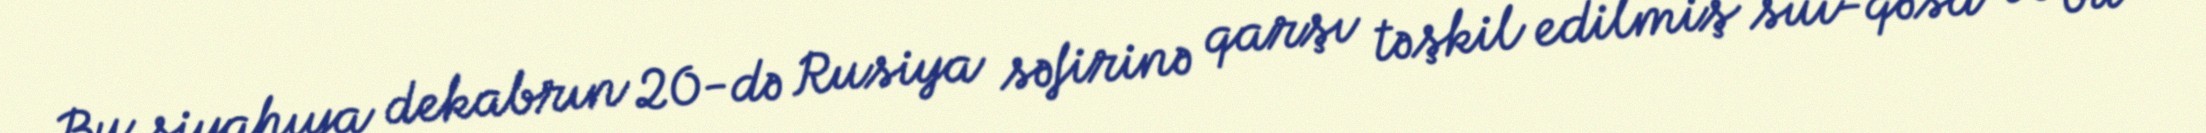
Bu siyahıya dekabrın 20-də Rusiya səfirinə qarşı təşkil edilmiş sui-qəsd və bu